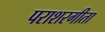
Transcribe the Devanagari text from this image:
पराशरगीता